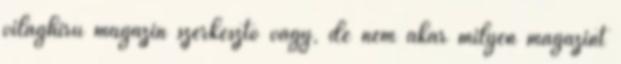
világhírű magazin szerkesztő vagy, de nem akár milyen magazint